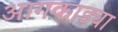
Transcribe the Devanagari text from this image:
आगकाड्या